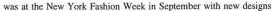
was at the New York Fashjon Week in Septernber with new designs